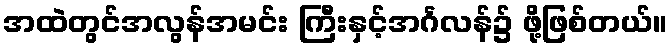
အထဲတွင်အလွန်အမင်း ကြီးနှင့်အင်္ဂလန်၌ ဖို့ဖြစ်တယ်။